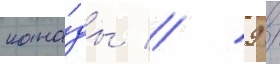
кана́ды // 9 /